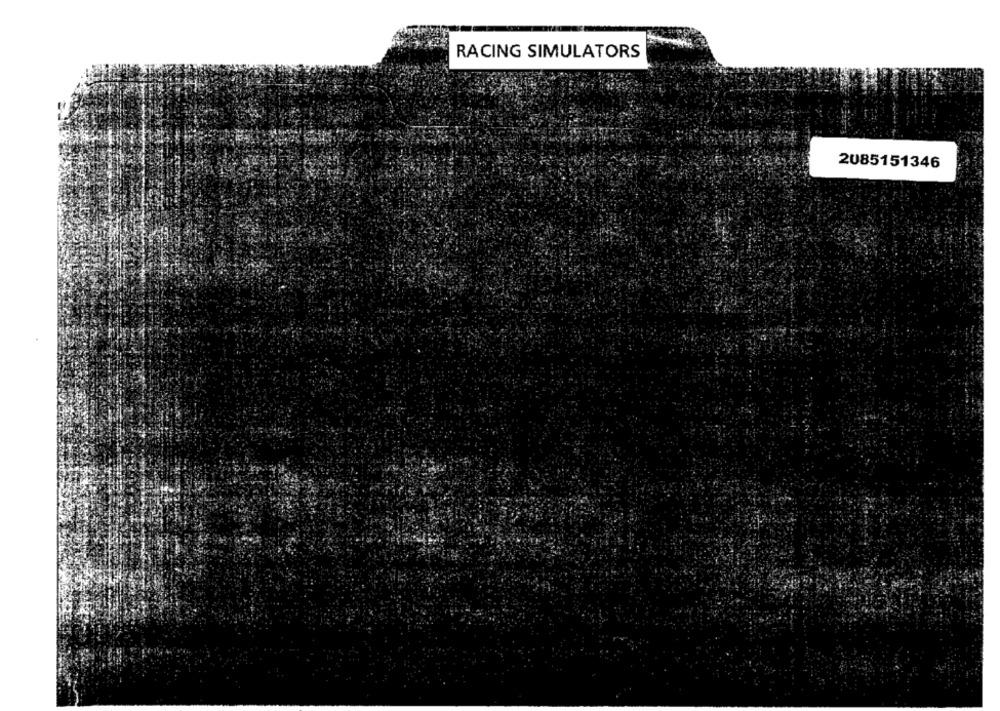
RACING SIMULATORS
2085151346